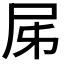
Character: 𡰾